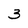
Character: 3